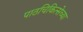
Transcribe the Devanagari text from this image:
पाठचिकित्सेच्या